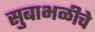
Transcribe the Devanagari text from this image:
सुबाभळीचे